Vaccination United Provinces of Agra and Oudh 1923-1928 - 1923-1928
Year: 1923
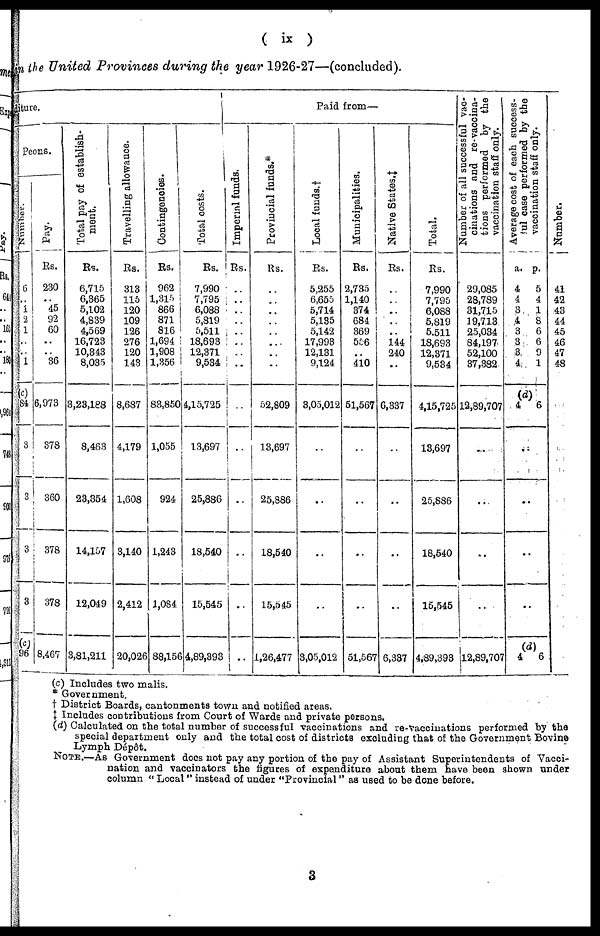
( ix )
the United Provinces during the year 1926-27—(concluded).
ture.
Peons.
Number.
6
..
1
2
1
..
..
1
(c)
84
3
3
3
3
(c)
96
Pay.
Rs.
230
..
45
92
60
..
..
36
6,973
378
360
378
378
8,467
Total pay of establish-
ment.
Rs.
6,715
6,365
5,102
4,839
4,569
16,723
10,343
8,035
3,23,188
8,463
23,354
14,157
12,049
3,81,211
Travelling allowance.
Rs.
313
115
120
109
126
276
120
143
8,687
4,179
1,608
3,140
2,412
20,026
Contingencies.
Rs.
962
1,315
866
871
816
1,694
1,908
1,356
83,850
1,055
924
1,243
1,084
88,156
Total costs.
Rs.
7,990
7,795
6,088
5,819
5,511
18,693
12,371
9,534
4,15,725
13,697
25,886
18,540
15,545
4,89,393
Paid from—
Imperial funds.
Rs.
..
..
..
..
..
..
..
..
..
..
..
..
..
..
Provincial funds.*
Rs.
..
..
..
..
..
..
..
..
52,809
13,697
25,886
18,540
15,545
1,26,477
Local funds. †
Rs.
5,255
6,655
5,714
5,135
5,142
17,993
12,131
9,124
3,05,012
..
..
..
..
3,05,012
Municipalities.
Rs.
2,735
1,140
374
684
369
556
..
410
51,567
..
..
..
..
51,567
Native States.‡
Rs.
..
..
..
..
..
144
240
..
6,337
..
..
..
..
6,337
Total.
Rs.
7,990
7,795
6,088
5,819
5,511
18,693
12,371
9,534
4,15,725
13,697
25,886
18,540
15,545
4,89,393
Number of all successful vac-
cinations and re-vaccina-
tions performed by the
vaccination staff only.
29,085
28,789
31,715
19,713
25,034
84,197
52,100
37,382
12,89,707
..
..
..
..
112,89,707
Average cost of each success-
ful case performed by the
vaccination staff only.
a.
4
4
3
4
3
3
3
4
p.
5
4
1
8
6
6
9
1
(d)
4 6
..
..
..
..
(d)
4 6
Number.
41
42
43
44
45
46
47
48
(c) Includes two malis.
* Government.
† District Boards, cantonments town and notified areas.
‡ Includes contributions from Court of Wards and private persons.
(d) Calculated on the total number of successful vaccinations and re-vaccinations performed by the
special department only and the total cost of districts excluding that of the Government Bovine
Lymph Dépôt.
NOTE.—As Government does not pay any portion of the pay of Assistant Superintendents of Vacci-
nation and vaccinators the figures of expenditure about them have been shown under
column " Local " instead of under "Provincial" as used to be done before.
3